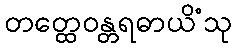
တတ္ထေဝန္တရဓာယိံသု